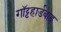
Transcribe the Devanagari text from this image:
गॉट्टहार्डबाह्न